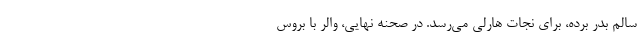
سالم بدر برده، برای نجات هارلی می‌رسد. در صحنه نهایی، والر با بروس